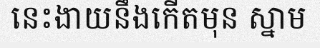
នេះងាយនឹងកើតមុន ស្នាម